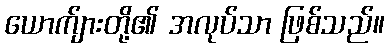
ယောက်ျားတို့၏ အလုပ်သာ ဖြစ်သည်။